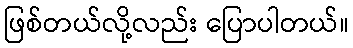
ဖြစ်တယ်လို့လည်း ပြောပါတယ်။